Annual report of the Civil Veterinary Department, Bengal, and of the Bengal Veterinary College, for the year 1902-1903 - 1902-1903
Year: 1902
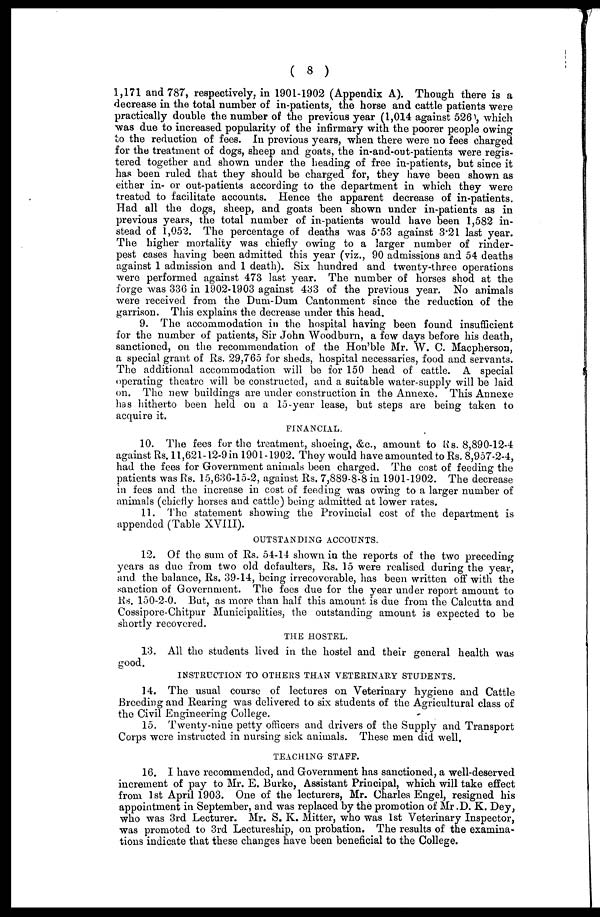
( 8 )
1,171 and 787, respectively, in 1901-1902 (Appendix A). Though there is a
decrease in the total number of in-patients, the horse and cattle patients were
practically double the number of the previous year (1,014 against 526 , which
was due to increased popularity of the infirmary with the poorer people owing
to the reduction of fees. In previous years, when there were no fees charged
for the treatment of dogs, sheep and goats, the in-and-out-patients were regis-
tered together and shown under the heading of free in-patients, but since it
has been ruled that they should be charged for, they have been shown as
either in- or out-patients according to the department in which they were
treated to facilitate accounts. Hence the apparent decrease of in-patients.
Had all the dogs, sheep, and goats been shown under in-patients as in
previous years, the total number of in-patients would have been 1,582 in-
stead of 1,052. The percentage of deaths was 5.53 against 3.21 last year.
The higher mortality was chiefly owing to a larger number of rinder-
pest cases having been admitted this year (viz., 90 admissions and 54 deaths
against 1 admission and 1 death). Six hundred and twenty-three operations
were performed against 473 last year. The number of horses shod at the
forge was 336 in 1902-1903 against 433 of the previous year. No animals
were received from the Dum-Dum Cantonment since the reduction of the
garrison. This explains the decrease under this head.
9. The accommodation in the hospital having been found insufficient
for the number of patients, Sir John Woodburn, a few days before his death,
sanctioned, on the recommendation of the Hon'ble Mr. W. C. Macpherson,
a special grant of Rs. 29,765 for sheds, hospital necessaries, food and servants.
The additional accommodation will be for 150 head of cattle. A special
operating theatre will be constructed, and a suitable water-supply will be laid
on. The new buildings are under construction in the Annexe. This Annexe
has hitherto been held on a 15-year lease, but steps are being taken to
acquire it.
FINANCIAL.
10. The fees for the treatment, shoeing, &c., amount to Rs. 8,890-12-4
against Rs. 11,621-12-9 in 1901-1902. They would have amounted to Rs. 8,957-2-4,
had the fees for Government animals been charged. The cost of feeding the
patients was Rs. 15,636-15-2, against Rs. 7,889-8-8 in 1901-1902. The decrease
in fees and the increase in cost of feeding was owing to a larger number of
animals (chiefly horses and cattle) being admitted at lower rates.
11. The statement showing the Provincial cost of the department is
appended (Table XVIII).
OUTSTANDING ACCOUNTS.
12. Of the sum of Rs. 54-14 shown in the reports of the two preceding
years as due from two old defaulters, Rs. 15 were realised during the year,
and. the balance, Rs. 39-14, being irrecoverable, has been written off with the
sanction of Government. The fees due for the year under report amount to
Rs. 150-2-0. But, as more than half this amount is due from the Calcutta and
Cossipore-Chitpur Municipalities, the outstanding amount is expected to be
shortly recovered.
THE HOSTEL.
13. All the students lived in the hostel and their general health was
good.
INSTRUCTION TO OTHERS THAN VETERINARY STUDENTS.
14. The usual course of lectures on Veterinary hygiene and Cattle
Breeding and Rearing was delivered to six students of the Agricultural class of
the Civil Engineering College.
15. Twenty-nine petty officers and drivers of the Supply and Transport
Corps were instructed in nursing sick animals. These men did well,
TEACHING STAFF.
16. I have recommended, and Government has sanctioned, a well-deserved
increment of pay to Mr. E. Burke, Assistant Principal, which will take effect
from 1st April 1903. One of the lecturers, Mr. Charles Engel, resigned his
appointment in September, and was replaced by the promotion of Mr. D. K. Dey,
who was 3rd Lecturer. Mr. S. K. Mitter, who was 1st Veterinary Inspector,
was promoted to 3rd Lectureship, on probation. The results of the examina-
tions indicate that these changes have been beneficial to the College.